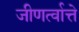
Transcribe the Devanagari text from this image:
जीणर्त्वात्ते